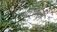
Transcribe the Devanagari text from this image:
हँसेल